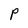
Character: P